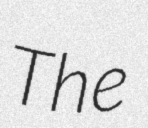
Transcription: The